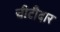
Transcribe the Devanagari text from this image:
चीटीदार